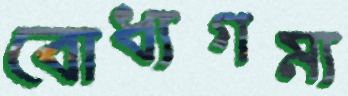
বোধ্যগম্য